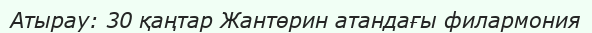
Атырау: 30 қаңтар Жантөрин атандағы филармония